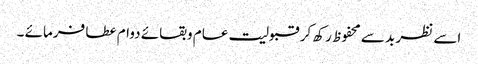
اسے نظر بد سے محفوظ رکھ کر قبولیت عام وبقائے دوام عطا فرمائے ۔